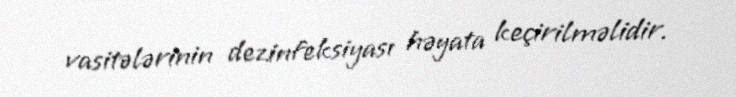
vasitələrinin dezinfeksiyası həyata keçirilməlidir.